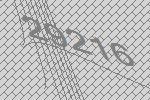
29216